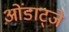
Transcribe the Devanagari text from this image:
ओंडाट्जे